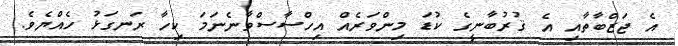
އެ ޖަޒްބާތާއި އެ ޤުރުބާނީގެ ކުޑަ މިންވަރެއް އިހްސާސްވާނެނަމަ ކިހާ ރަނގަޅު ހެއްޔެވެ.